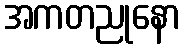
အကတညုနော